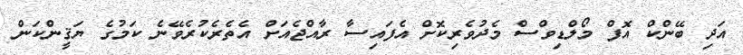
އަދި ބޭންކް އޮފް މޯލްޑިވްސް މެދުވެރިކޮށް އެފައިސާ ރާއްޖެއަށް އެތެރެކުރެވޭނެ ކަމުގެ ޔަޤީންކަން